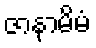
ဇာနာမိမံ